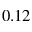
0 . 1 2